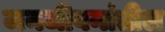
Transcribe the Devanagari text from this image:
जनजीवनांतील